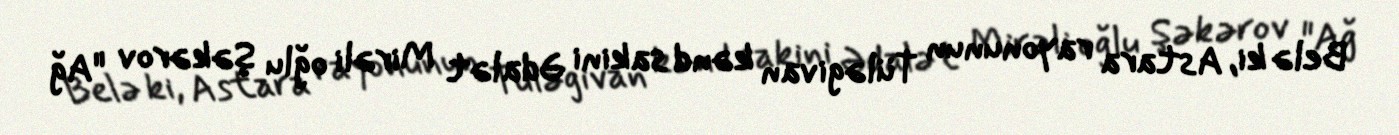
Belə ki, Astara rayonunun Tüləgivan kənd sakini Ədalət Mirəli oğlu Şəkərov "Ağ